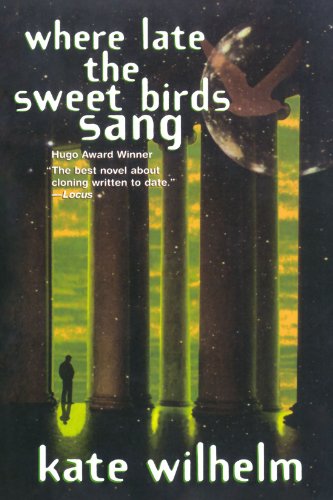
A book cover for Where Late The Sweet Birds Sang: A Novel; Kate Wilhelm; Science Fiction & Fantasy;